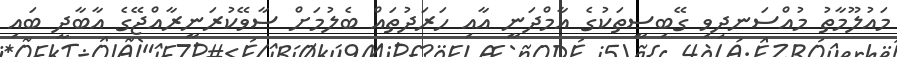
މައުލޫމާތު މުއްސަނދިވި ގޭބިސީތަކުގެ އާމްދަނީ އާއި ހަރަދުތައް ބެލުމަށް ސާވޭކުރަނީރާއްޖޭގެ އާބާދީ ބައި